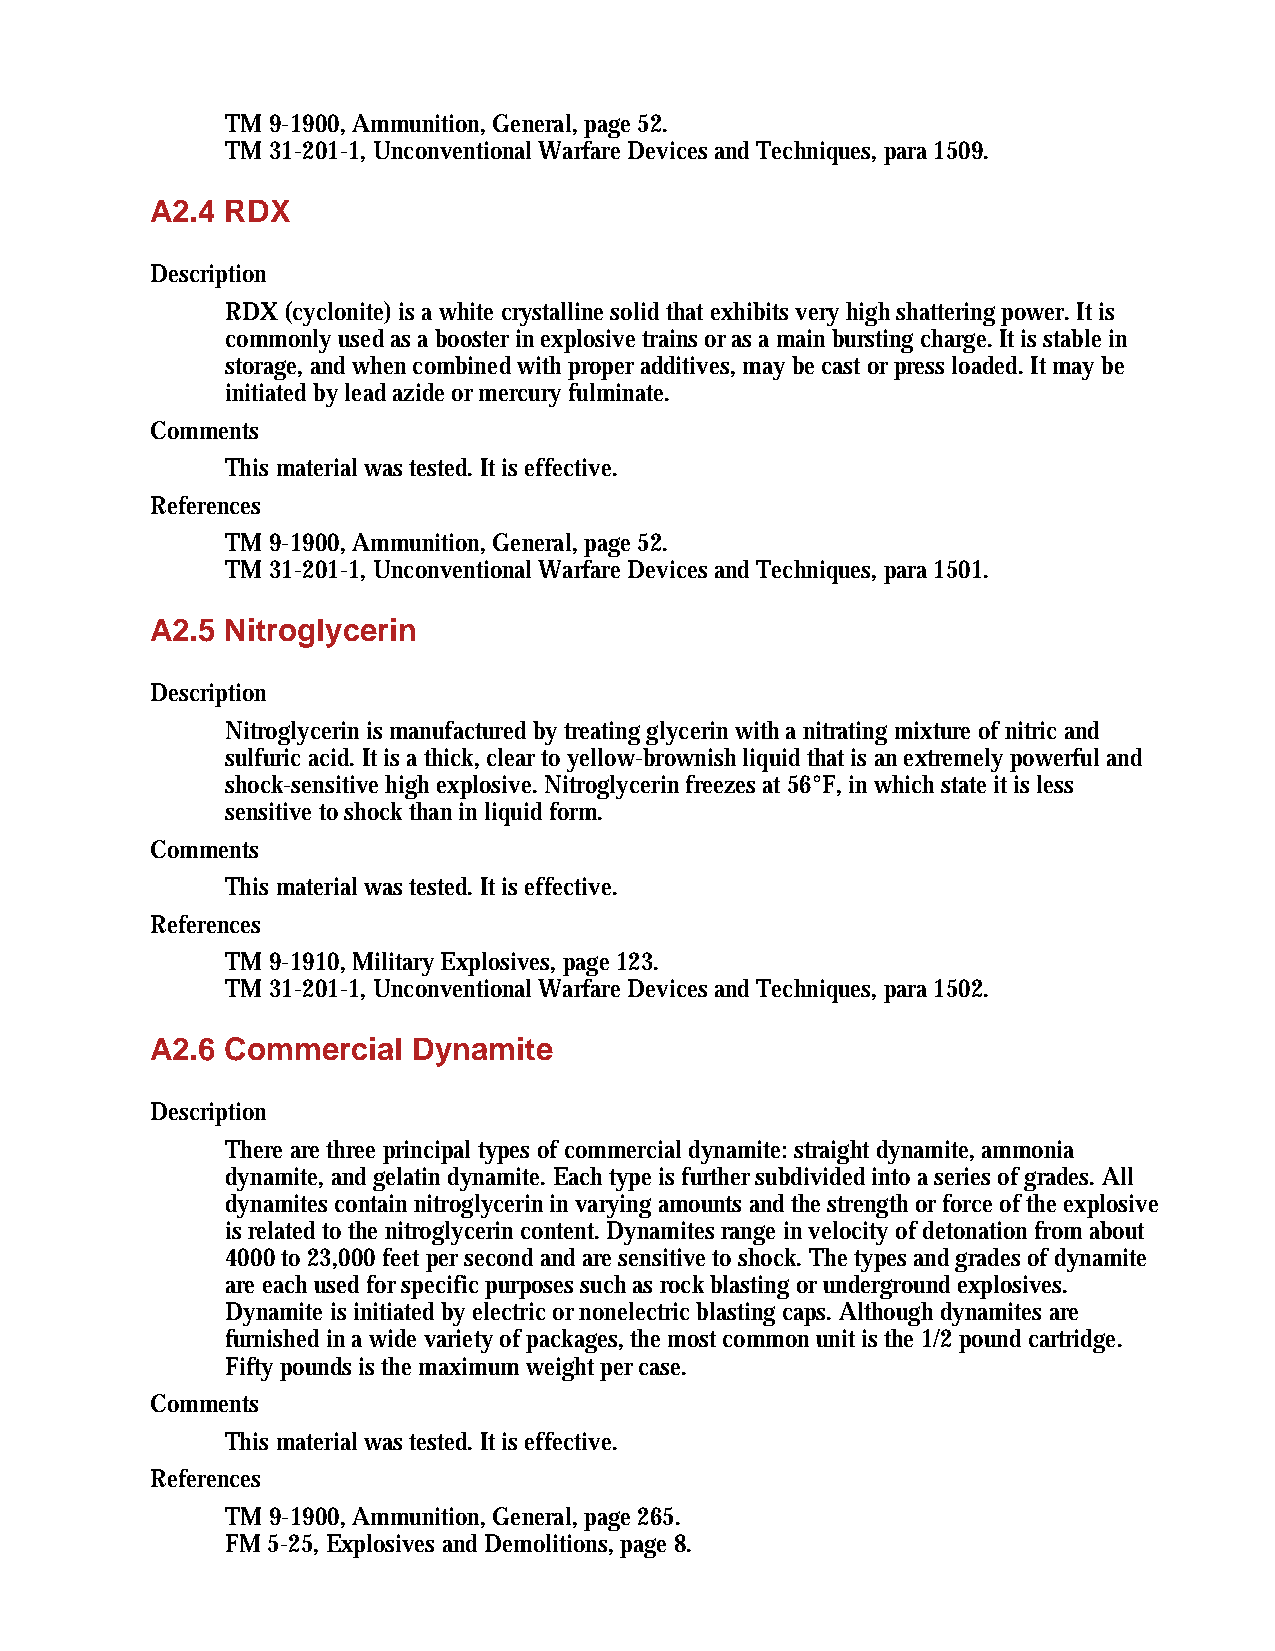
TM 9-1900, Ammunition, General, page 52.
 TM 31-201-1, Unconventional Warfare Devices and Techniques, para 1509.
 A2.4 RDX
 Description
 RDX (cyclonite) is a white crystalline solid that exhibits very high shattering power. It is
 commonly used as a booster in explosive trains or as a main bursting charge. It is stable in
 storage, and when combined with proper additives, may be cast or press loaded. It may be
 initiated by lead azide or mercury fulminate.
 Comments
 This material was tested. It is effective.
 References
 TM 9-1900, Ammunition, General, page 52.
 TM 31-201-1, Unconventional Warfare Devices and Techniques, para 1501.
 A2.5 Nitroglycerin
 Description
 Nitroglycerin is manufactured by treating glycerin with a nitrating mixture of nitric and
 sulfuric acid. It is a thick, clear to yellow-brownish liquid that is an extremely powerful and
 shock-sensitive high explosive. Nitroglycerin freezes at 56°F, in which state it is less
 sensitive to shock than in liquid form.
 Comments
 This material was tested. It is effective.
 References
 TM 9-1910, Military Explosives, page 123.
 TM 31-201-1, Unconventional Warfare Devices and Techniques, para 1502.
 A2.6 Commercial  Dynamite
 Description
 There are three principal types of commercial dynamite: straight dynamite, ammonia
 dynamite, and gelatin dynamite. Each type is further subdivided into a series of grades. All
 dynamites contain nitroglycerin in varying amounts and the strength or force of the explosive
 is related to the nitroglycerin content. Dynamites range in velocity of detonation from about
 4000 to 23,000 feet per second and are sensitive to shock. The types and grades of dynamite
 are each used for specific purposes such as rock blasting or underground explosives.
 Dynamite is initiated by electric or nonelectric blasting caps. Although dynamites are
 furnished in a wide variety of packages, the most common unit is the 1/2 pound cartridge.
 Fifty pounds is the maximum weight per case.
 Comments
 This material was tested. It is effective.
 References
 TM 9-1900, Ammunition, General, page 265.
 FM 5-25, Explosives and Demolitions, page 8.